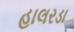
હાલરડા